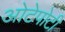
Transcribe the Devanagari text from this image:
ओटेपोटी